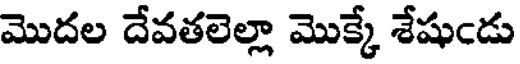
మొదల దేవతలెల్లా మొక్కే శేషుండు